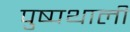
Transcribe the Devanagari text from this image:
पुष्पथाली